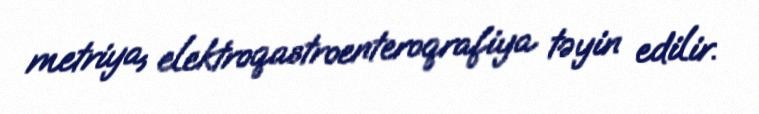
metriya, elektroqastroenteroqrafiya təyin edilir.